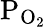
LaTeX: \mathrm{P_{O_{2}}}